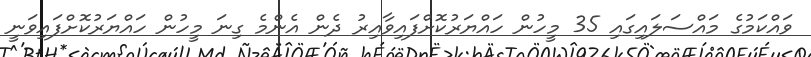
ވައްކަމުގެ މައްސަލައިގައި 35 މީހުން ހައްޔަރުކޮށްފައިވާއިރު ދެން އެންމެ ގިނަ މީހުން ހައްޔަރުކޮށްފައިވަނީ